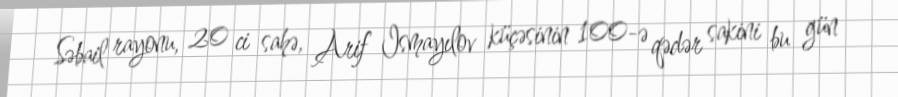
Səbail rayonu, 20 ci sahə, Arif Ismayılov küçəsinin 100-ə qədər sakini bu gün